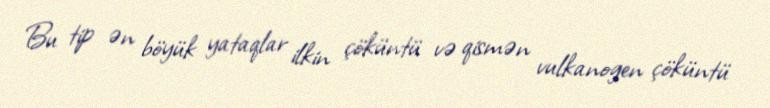
Bu tip ən böyük yataqlar ilkin çöküntü və qismən vulkanogen çöküntü